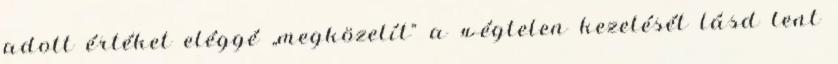
adott értéket eléggé „megközelít” a ±végtelen kezelését lásd lent